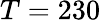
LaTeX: T=230